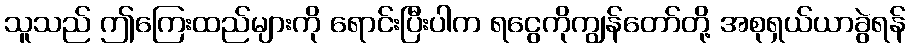
သူသည် ဤကြေးထည်များကို ရောင်းပြီးပါက ရငွေကိုကျွန်တော်တို့ အစုရှယ်ယာခွဲရန်